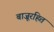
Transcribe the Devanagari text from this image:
बाजूरहित